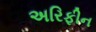
અરિફીન